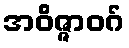
အဝိဇ္ဇာဝဂ်